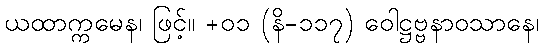
ယထာက္ကမေန၊ ဖြင့်။ +၀၁ (နိ-၁၁၇) ဝေါဋ္ဌဗ္ဗနာဝသာနေ၊